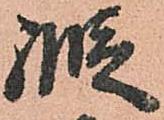
縦